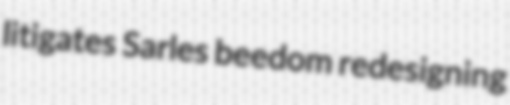
litigates Sarles beedom redesigning